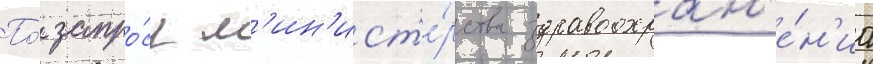
По́ запро́су м'ин'ист'е́рства здравоохран'е́н'иа